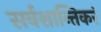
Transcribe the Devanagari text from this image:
सर्वशान्तिकरं